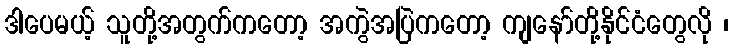
ဒါပေမယ့် သူတို့အတွက်ကတော့ အကွဲအပြဲကတော့ ကျနော်တို့နိုင်ငံတွေလို ၊